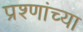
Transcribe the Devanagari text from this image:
प्रश्णांच्या